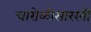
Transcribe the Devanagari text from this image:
चारोळीसारखी